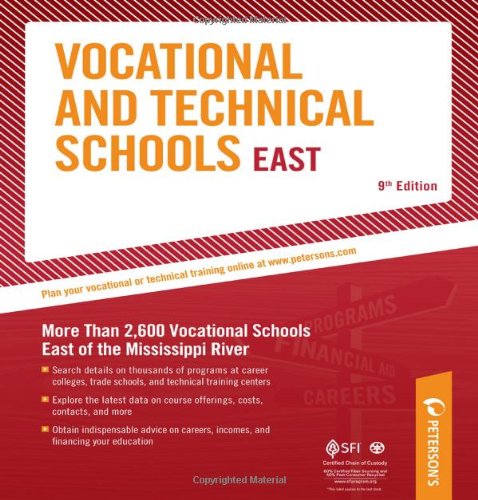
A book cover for Vocational & Technical Schools - East: More Than 2,600 Vocational Schools East of the Mississippi River (Peterson's Vocational & Technical Schools & Programs: East); Peterson's; Education & Teaching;